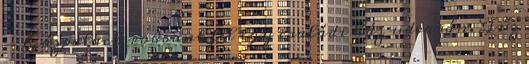
- Gázpalack robbant fel egy családi ház udvarán. Tűz